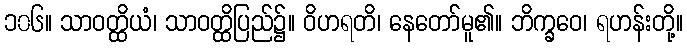
၁၀၆။ သာဝတ္ထိယံ၊ သာဝတ္ထိပြည်၌။ ဝိဟရတိ၊ နေတော်မူ၏။ ဘိက္ခဝေ၊ ရဟန်းတို့။